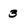
Character: 3